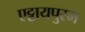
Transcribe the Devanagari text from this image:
एट्टायपुरम